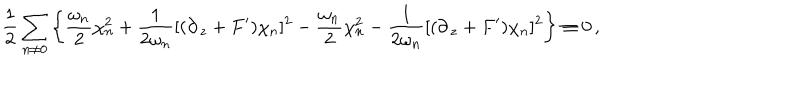
\frac { 1 } { 2 } \sum _ { n \neq 0 } \left\{ \frac { \omega _ { n } } { 2 } \chi _ { n } ^ { 2 } + \frac { 1 } { 2 \omega _ { n } } [ ( \partial _ { \, z } + F ^ { \prime } ) \chi _ { n } ] ^ { 2 } - \frac { \omega _ { n } } { 2 } \chi _ { n } ^ { 2 } - \frac { 1 } { 2 \omega _ { n } } [ ( \partial _ { \, z } + F ^ { \prime } ) \chi _ { n } ] ^ { 2 } \right\} \equiv 0 \, ,